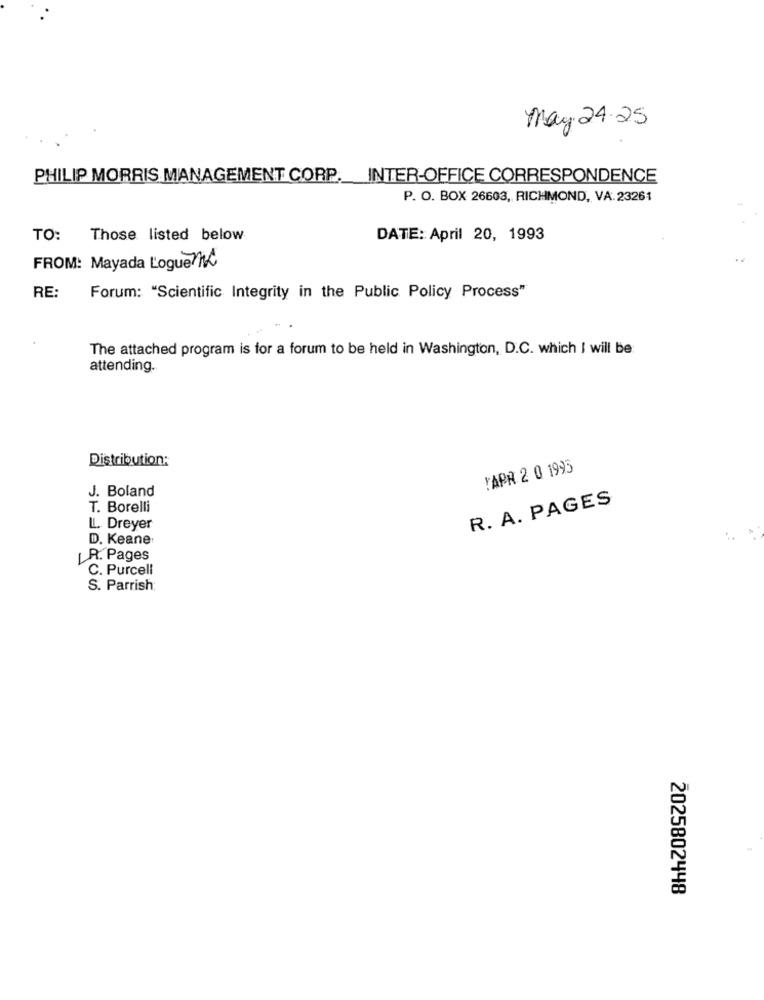
May 24.25
PHILIP MORRIS MANAGEMENT CORP. INTER-OFFICE CORRESPONDENCE
P. O. BOX 26603, RICHMOND, VA: 23261
TO: Those listed below
DATE: April 20, 1993
FROM: Mayada Logue ML
RE:
Forum: "Scientific Integrity in the Public Policy Process"
The attached program is for a forum to be held in Washington, D.C. which I will be
attending.
Distribution:
!APR 2 0 1995
J. Boland
R. A. PAGES
T. Borelli
LL. Dreyer
D. Keane
[ R. Pages
C. Purcell
S. Parrish
2025802448